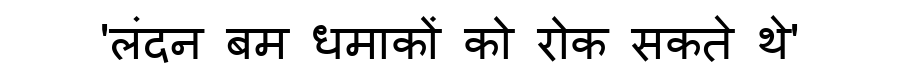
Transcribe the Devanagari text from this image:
'लंदन बम धमाकों को रोक सकते थे'